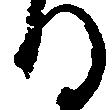
る